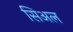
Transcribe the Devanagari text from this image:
सिअल